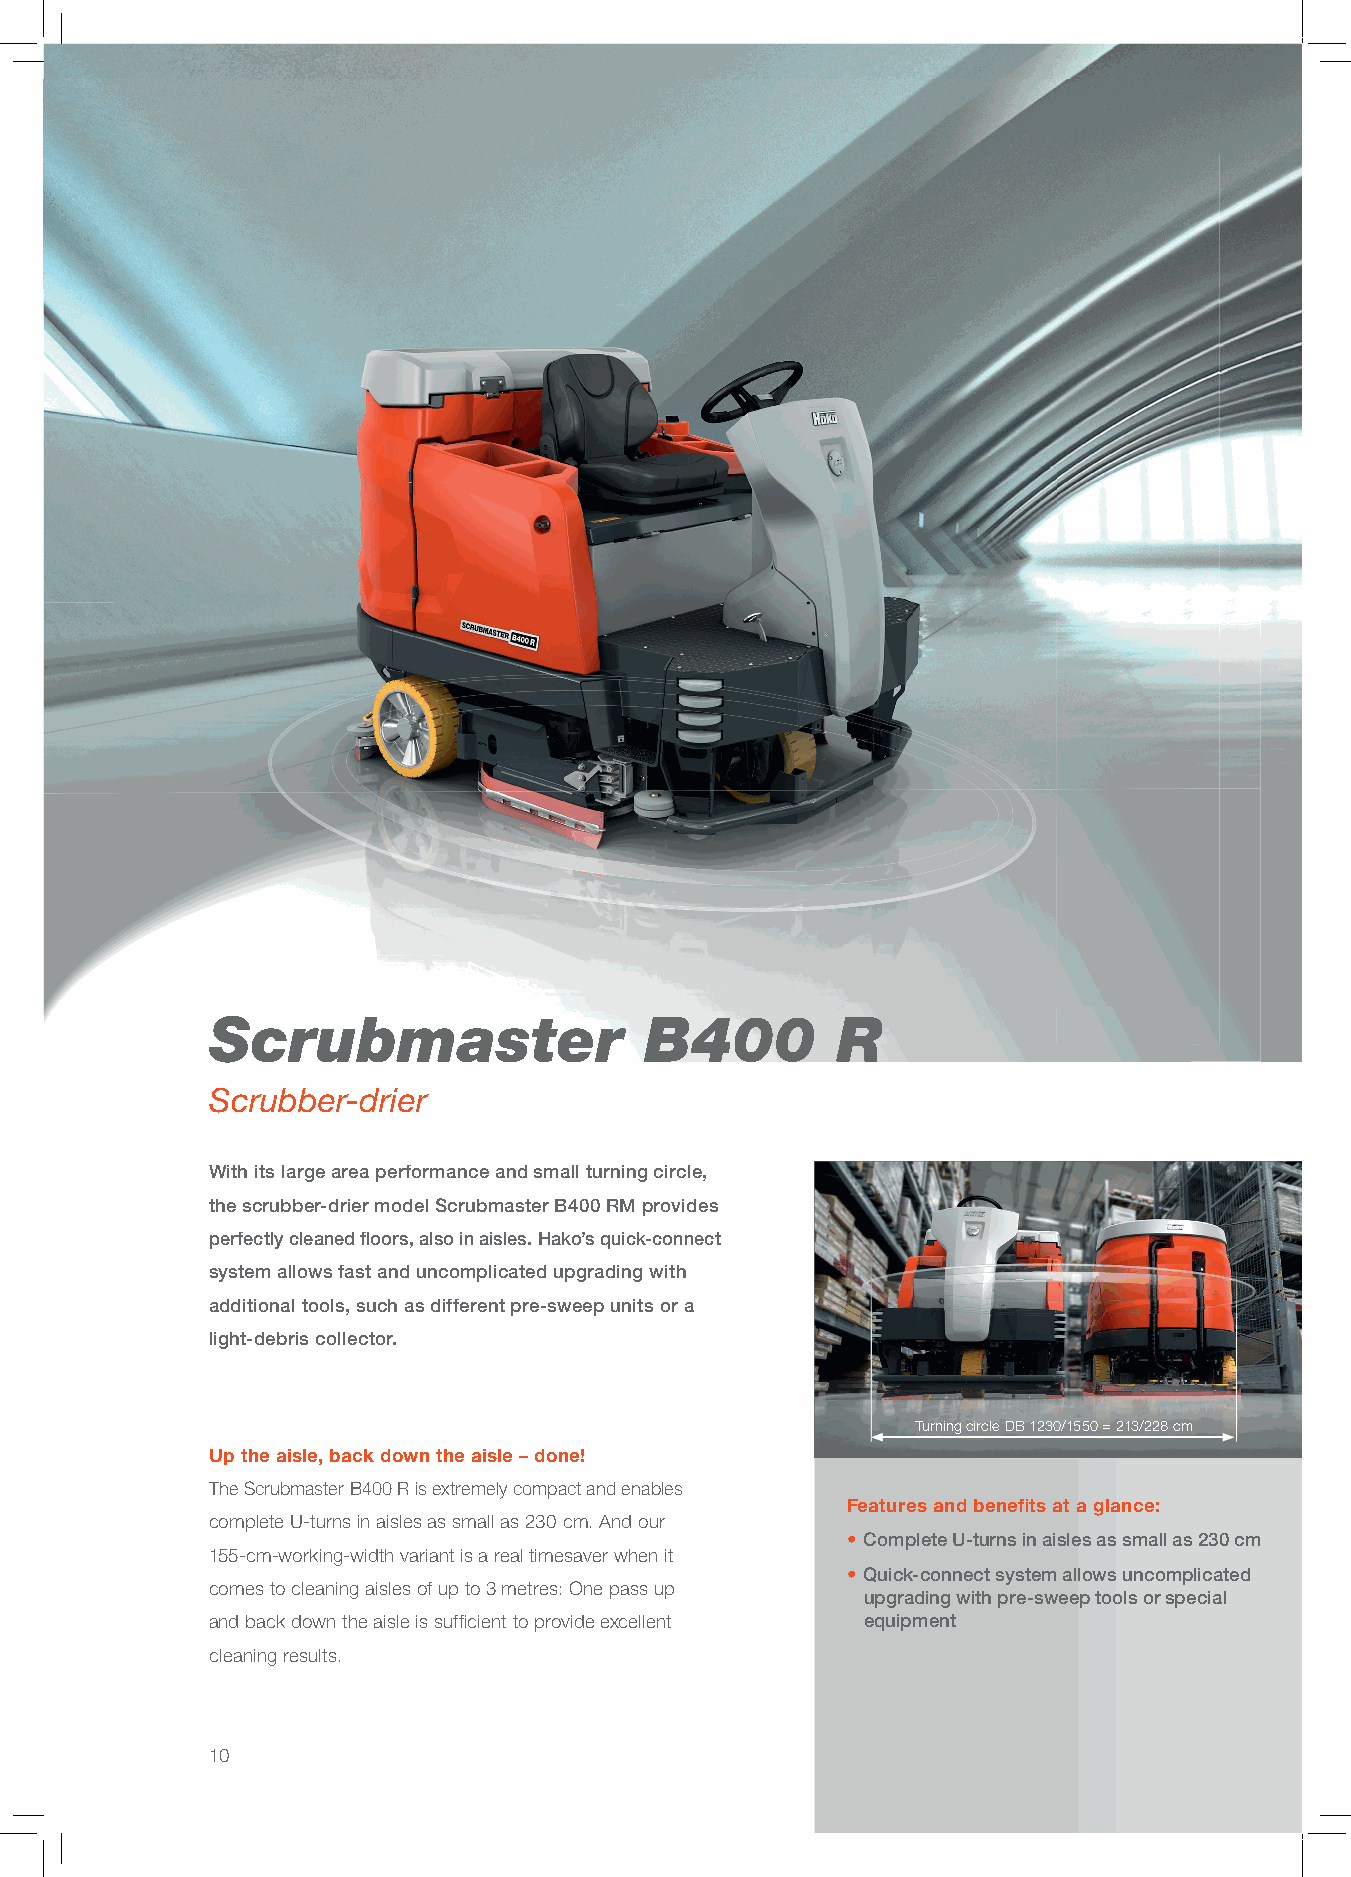
Scrubmaster                  B400        R
 Scrubber-drier
 With its large area performance and small turning circle,
 the scrubber-drier model Scrubmaster B400 RM provides
 perfectly cleaned fl oors, also in aisles. Hako’s quick-connect
 system allows fast and uncomplicated upgrading with
 additional tools, such as different pre-sweep units or a
 light-debris collector.
 Turning circle DB 1230/1550 = 213/228 cm
 Up the aisle, back down the aisle – done!
 The Scrubmaster B400 R is extremely compact and enables
 Features and benefi ts at a glance:
 complete U-turns in aisles as small as 230 cm. And our
 • Complete U-turns in aisles as small as 230 cm
 155-cm-working-width variant is a real timesaver when it
 • Quick-connect system allows uncomplicated
 comes to cleaning aisles of up to 3 metres: One pass up
 upgrading with pre-sweep tools or special
 and back down the aisle is suffi cient to provide excellent equipment
 cleaning results.
 10